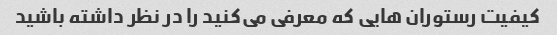
کیفیت رستوران هایی که معرفی می‌کنید را در نظر داشته باشید